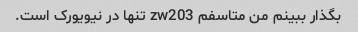
بگذار ببینم من متاسفم zw203 تنها در نیویورک است.